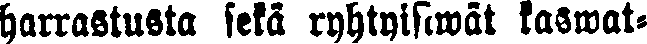
harrastusta sekä ryhtyisiwät kaswat-